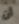
أن